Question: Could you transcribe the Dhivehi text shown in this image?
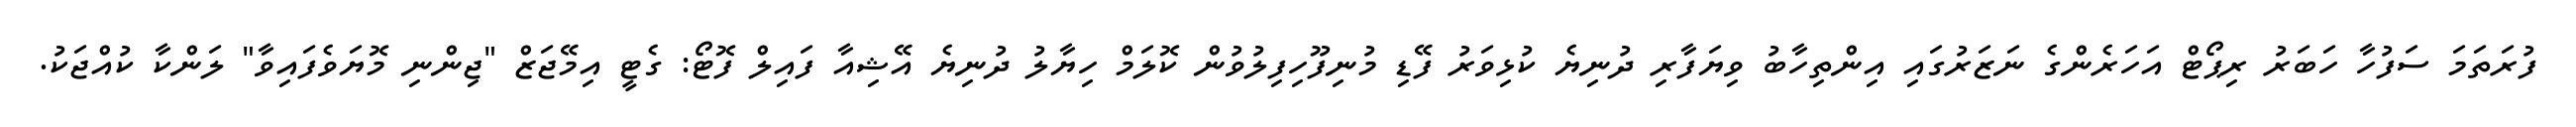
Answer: ފުރަތަމަ ސަފުހާ ހަބަރު ރިޕޯޓް އަހަރެންގެ ނަޒަރުގައި އިންތިހާބު ވިޔަފާރި ދުނިޔެ ކުޅިވަރު ފޭޑި މުނިފޫހިފިލުވުން ކޮލަމް ހިޔާލު ދުނިޔެ އޭޝިއާ ފައިލް ފޮޓޯ: ގެޓީ އިމޭޖަޒް "ޖިންނި މޮޔަވެފައިވާ" ލަންކާ ކުއްޖަކު.